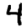
Digit: 4